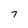
Character: 7